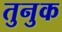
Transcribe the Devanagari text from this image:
तुनुक